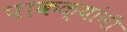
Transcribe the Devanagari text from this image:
पाकळ्यांनी